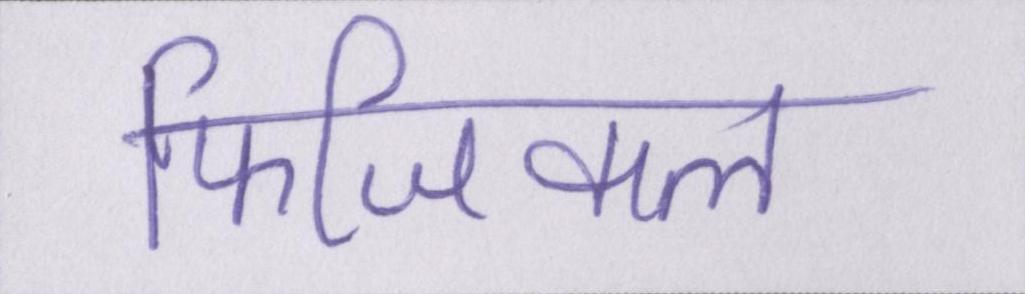
फिजिकल